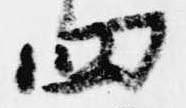
四